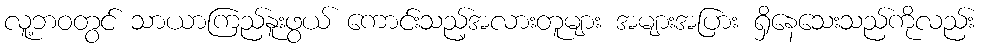
လူ့ဘဝတွင် သာယာကြည်နူးဖွယ် ကောင်းသည့်အလားတူများ အများအပြား ရှိနေသေးသည်ကိုလည်း